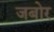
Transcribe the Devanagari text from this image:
जबोर